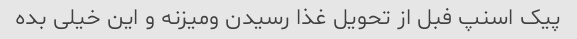
پیک اسنپ فبل از تحویل غذا رسیدن و‌میزنه و این خیلی بده